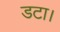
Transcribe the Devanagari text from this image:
डटा।